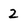
Character: 2